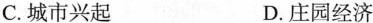
C.城市兴起 D.庄园经济